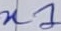
Text: n1